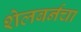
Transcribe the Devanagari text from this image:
शेलबर्नचा